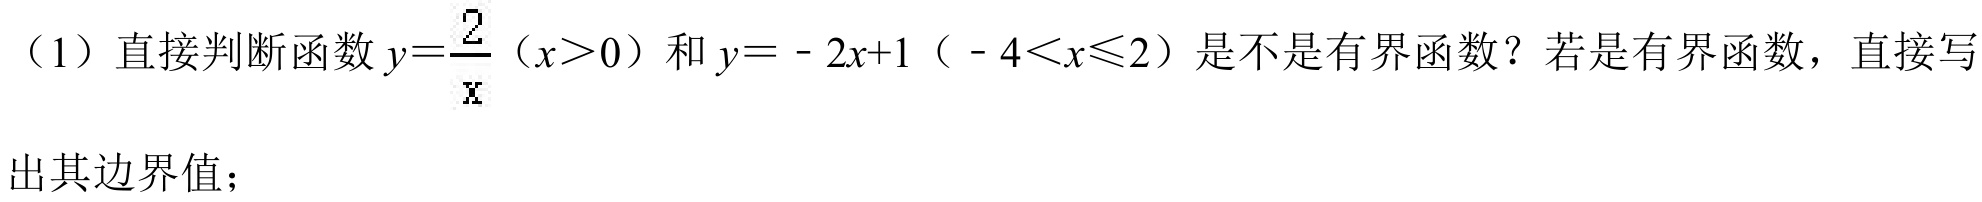
（1）直接判断函数\(y = \frac{2}{x}\)（\(x>0\)）和\(y = - 2x + 1\)（\(- 4<x\leqslant2\)）是不是有界函数？若是有界函数，直接写
出其边界值；